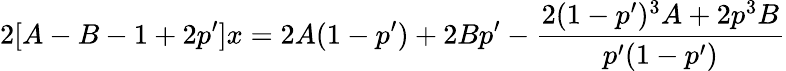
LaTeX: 2[A-B-1+2p^{\prime}]x=2A(1-p^{\prime})+2Bp^{\prime}-\frac{2(1-p^{\prime})^{3}A+2p^{3}B}{p^{\prime}(1-p^{\prime})}